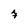
Character: 7